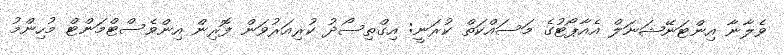
ވެލާނާ އިންޓަނޭޝަނަލް އެއާޕޯޓުގެ މަސައްކަތް ކުރަނީ: އިގްތިސޯދު ކުރިއަރުވަން ފޮރިން އިންވެސްޓްމަންޓް މުހިންމު